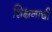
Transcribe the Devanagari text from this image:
शिक्षनाची